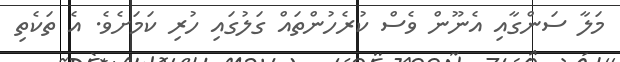
މަލާ ސަންގާއި އެނޫން ވެސް ކުރެހުންތައް ގަލުގައި ހުރި ކަމަށެވެ. އެ ތަކެތި